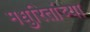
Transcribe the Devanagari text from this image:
मधुरितांच्या